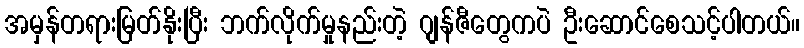
အမှန်တရားမြတ်နိုးပြီး ဘက်လိုက်မှုနည်းတဲ့ ဂျန်ဇီတွေကပဲ ဦးဆောင်စေသင့်ပါတယ်။